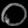
Digit: ၀